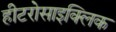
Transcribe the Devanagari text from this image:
हीटरोसाइक्लिक